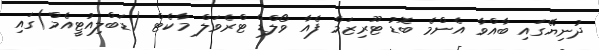
ދުނިޔޭގައި ބާއްވާ އެންމެ ބޮޑު ޓޫރިޒަމް ފެއާ ވޯލްޑް ޓްރެވަލް މާކެޓް (ޑަބްލިއުޓީއެމް)ގައި